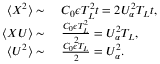
\begin{array} { r l } { \langle X ^ { 2 } \rangle \sim } & { { } \ C _ { 0 } \epsilon T _ { L } ^ { 2 } t = 2 U _ { \alpha } ^ { 2 } T _ { L } t , \phantom { \frac { 1 } { 1 } } } \\ { \langle X U \rangle \sim } & { { } \ \frac { C _ { 0 } \epsilon T _ { L } ^ { 2 } } { 2 } = U _ { \alpha } ^ { 2 } T _ { L } , } \\ { \langle U ^ { 2 } \rangle \sim } & { { } \ \frac { C _ { 0 } \epsilon T _ { L } } { 2 } = U _ { \alpha } ^ { 2 } . } \end{array}